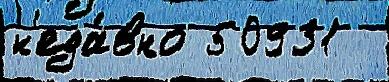
н'еда́вно 50931